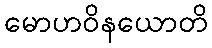
မောဟဝိနယောတိ